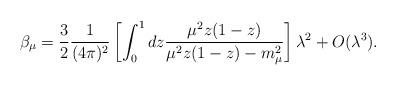
LaTeX: \begin{align*}\beta _{\mu }=\frac{3}{2}\frac{1}{(4\pi )^{2}}\left[ \int_{0}^{1}dz\frac{\mu^{2}z(1-z)}{\mu ^{2}z(1-z)-m_{\mu }^{2}}\right] \lambda ^{2}+O(\lambda ^{3}).\end{align*}